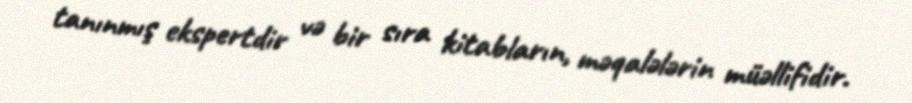
tanınmış ekspertdir və bir sıra kitabların, məqalələrin müəllifidir.